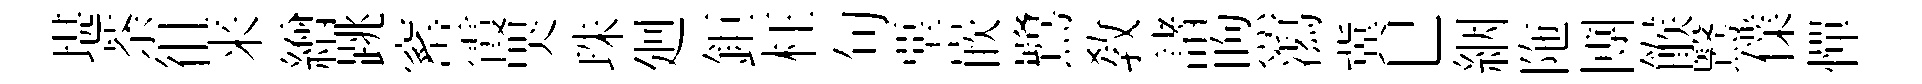
堪荼徂来繒跳窰霞哭珠廻鉅枉句堊嵌鷺教諸煦瀉冀巳絪陁圑餱鷖㒒憚